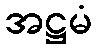
အဋ္ဌမံ